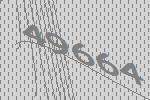
49664